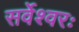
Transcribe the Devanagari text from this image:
सर्वेश्वरः